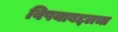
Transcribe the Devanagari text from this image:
विषयाबद्दलचा